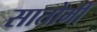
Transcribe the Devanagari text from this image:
सातोमी